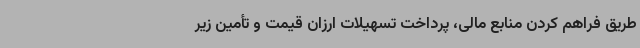
طریق فراهم کردن منابع مالی، پرداخت تسهیلات ارزان قیمت و تأمین زیر